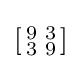
\left[{\begin{smallmatrix}9&3\\3&9\\\end{smallmatrix}}\right]